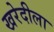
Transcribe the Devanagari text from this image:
खरेदीला